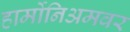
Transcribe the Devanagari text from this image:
हार्मोनिअमवर